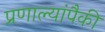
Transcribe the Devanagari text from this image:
प्रणाल्यांपैकी